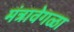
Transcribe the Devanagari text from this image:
मंत्रावेगळा